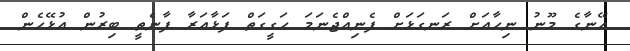
އޭނާގެ މޫނު ނިހާއަށް ރަނގަޅަށް ފެނިއްޖެނަމަ ހަގީގަތް ފަޅާއަރާ ފާނެތީ ބިރުން އުޅޭހެން